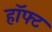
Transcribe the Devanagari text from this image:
हॉफ्ट